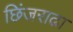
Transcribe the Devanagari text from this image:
छिंजराढा